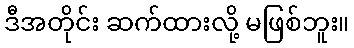
ဒီအတိုင်း ဆက်ထားလို့ မဖြစ်ဘူး။